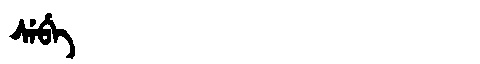
Manchu: ᠰᡝᠪᡝ
Romanization: SEBE